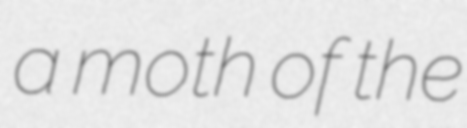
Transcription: a moth of the